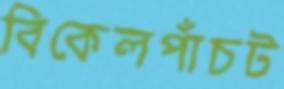
বিকেলপাঁচট